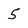
Character: 5